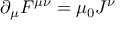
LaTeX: \partial _ { \mu } F ^ { \mu \nu } = \mu _ { 0 } J ^ { \nu }